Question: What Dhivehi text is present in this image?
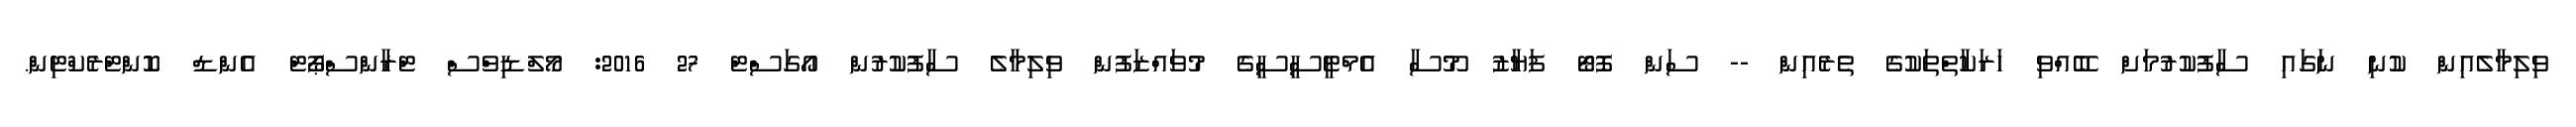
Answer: ވިލިމާލެއިން ކުނި ނަގައި ސާފުކުރުމަށް ބޭއްވި ހަރަކާތްތަކުގެ ތެރެއިން -- ސަން ފޮޓޯ ފަޔާޒު މޫސާ އެމްޓީސީސީގެ މުވައްޒަފުން ވިލިމާލެ ސާފުކުރުން އޯގަސްޓް 27 2016: މޯލްޑިވްސް ޓްރާންސްޕޯޓް އެންޑް ކޮންޓްރެކްޓިން.